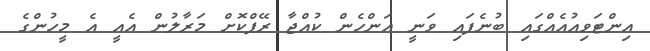
އިންޓަވިއުއެއްގައި ބުނެފައި ވަނީ އަންހެން ކުއްޖާ ރޭޕްކޮށް މަރާލުން އެއީ އެ މީހުންގެ